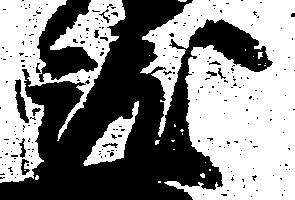
就